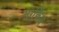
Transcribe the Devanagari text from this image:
मार्किश